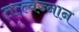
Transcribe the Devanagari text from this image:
तत्त्वज्नान